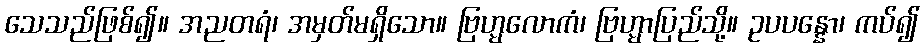
သေသည်ဖြစ်၍။ အညတရံ၊ အမှတ်မရှိသော။ ဗြဟ္မလောကံ၊ ဗြဟ္မာပြည်သို့။ ဥပပန္နော၊ ကပ်၍